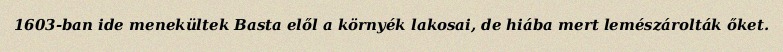
1603-ban ide menekültek Basta elől a környék lakosai, de hiába mert lemészárolták őket.